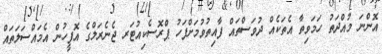
އޮންނަ މުއްދަތު ހަމަވިތާ އެތަކެއް ދުވަސްތައް ފާއިތުވުމަށްފަހު ޕްރޮސެކިއުޓަރ ޖެނެރަލްގެ އޮފީހުން އެމައްސަލަތައް